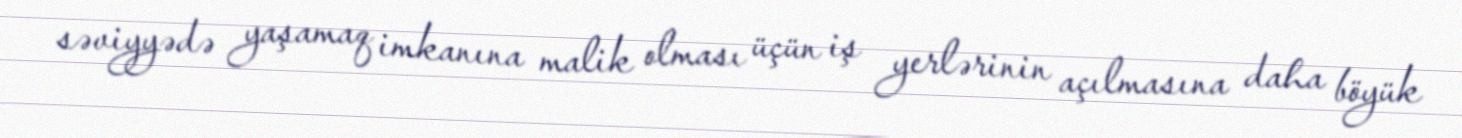
səviyyədə yaşamaq imkanına malik olması üçün iş yerlərinin açılmasına daha böyük